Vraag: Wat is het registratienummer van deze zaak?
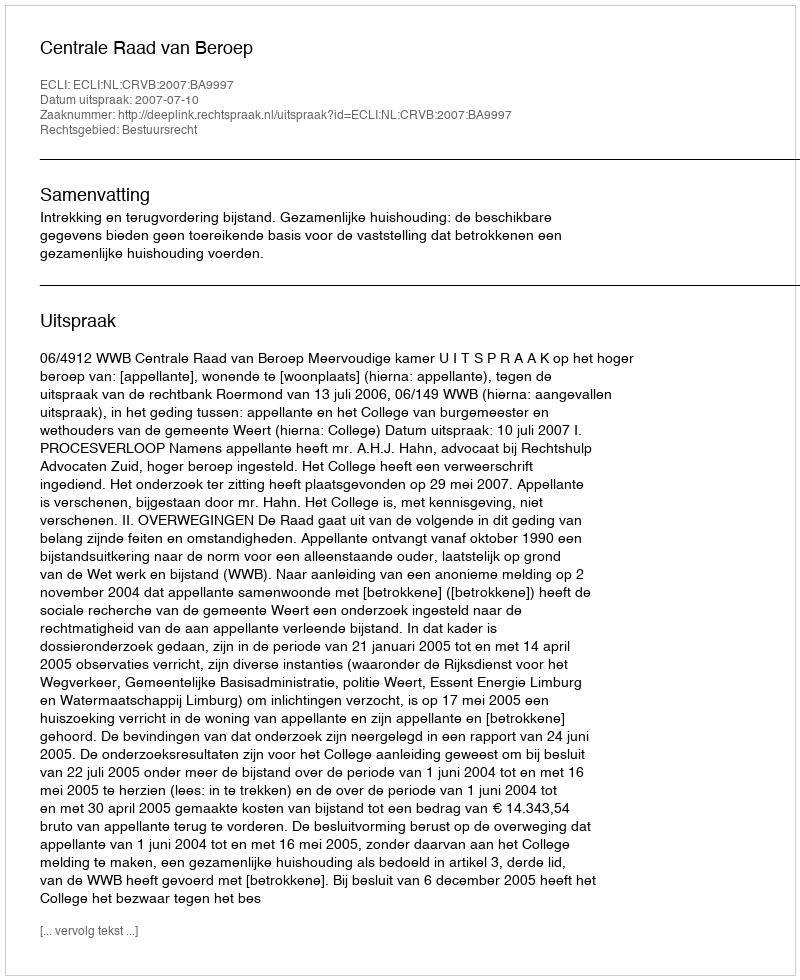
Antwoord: http://deeplink.rechtspraak.nl/uitspraak?id=ECLI:NL:CRVB:2007:BA9997